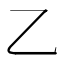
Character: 乙